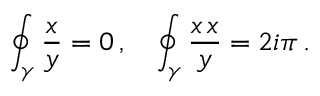
\oint _ { \gamma } { \frac { \d x } { y } } = 0 \, , \quad \oint _ { \gamma } { \frac { x \, \d x } { y } } = 2 i \pi \, .